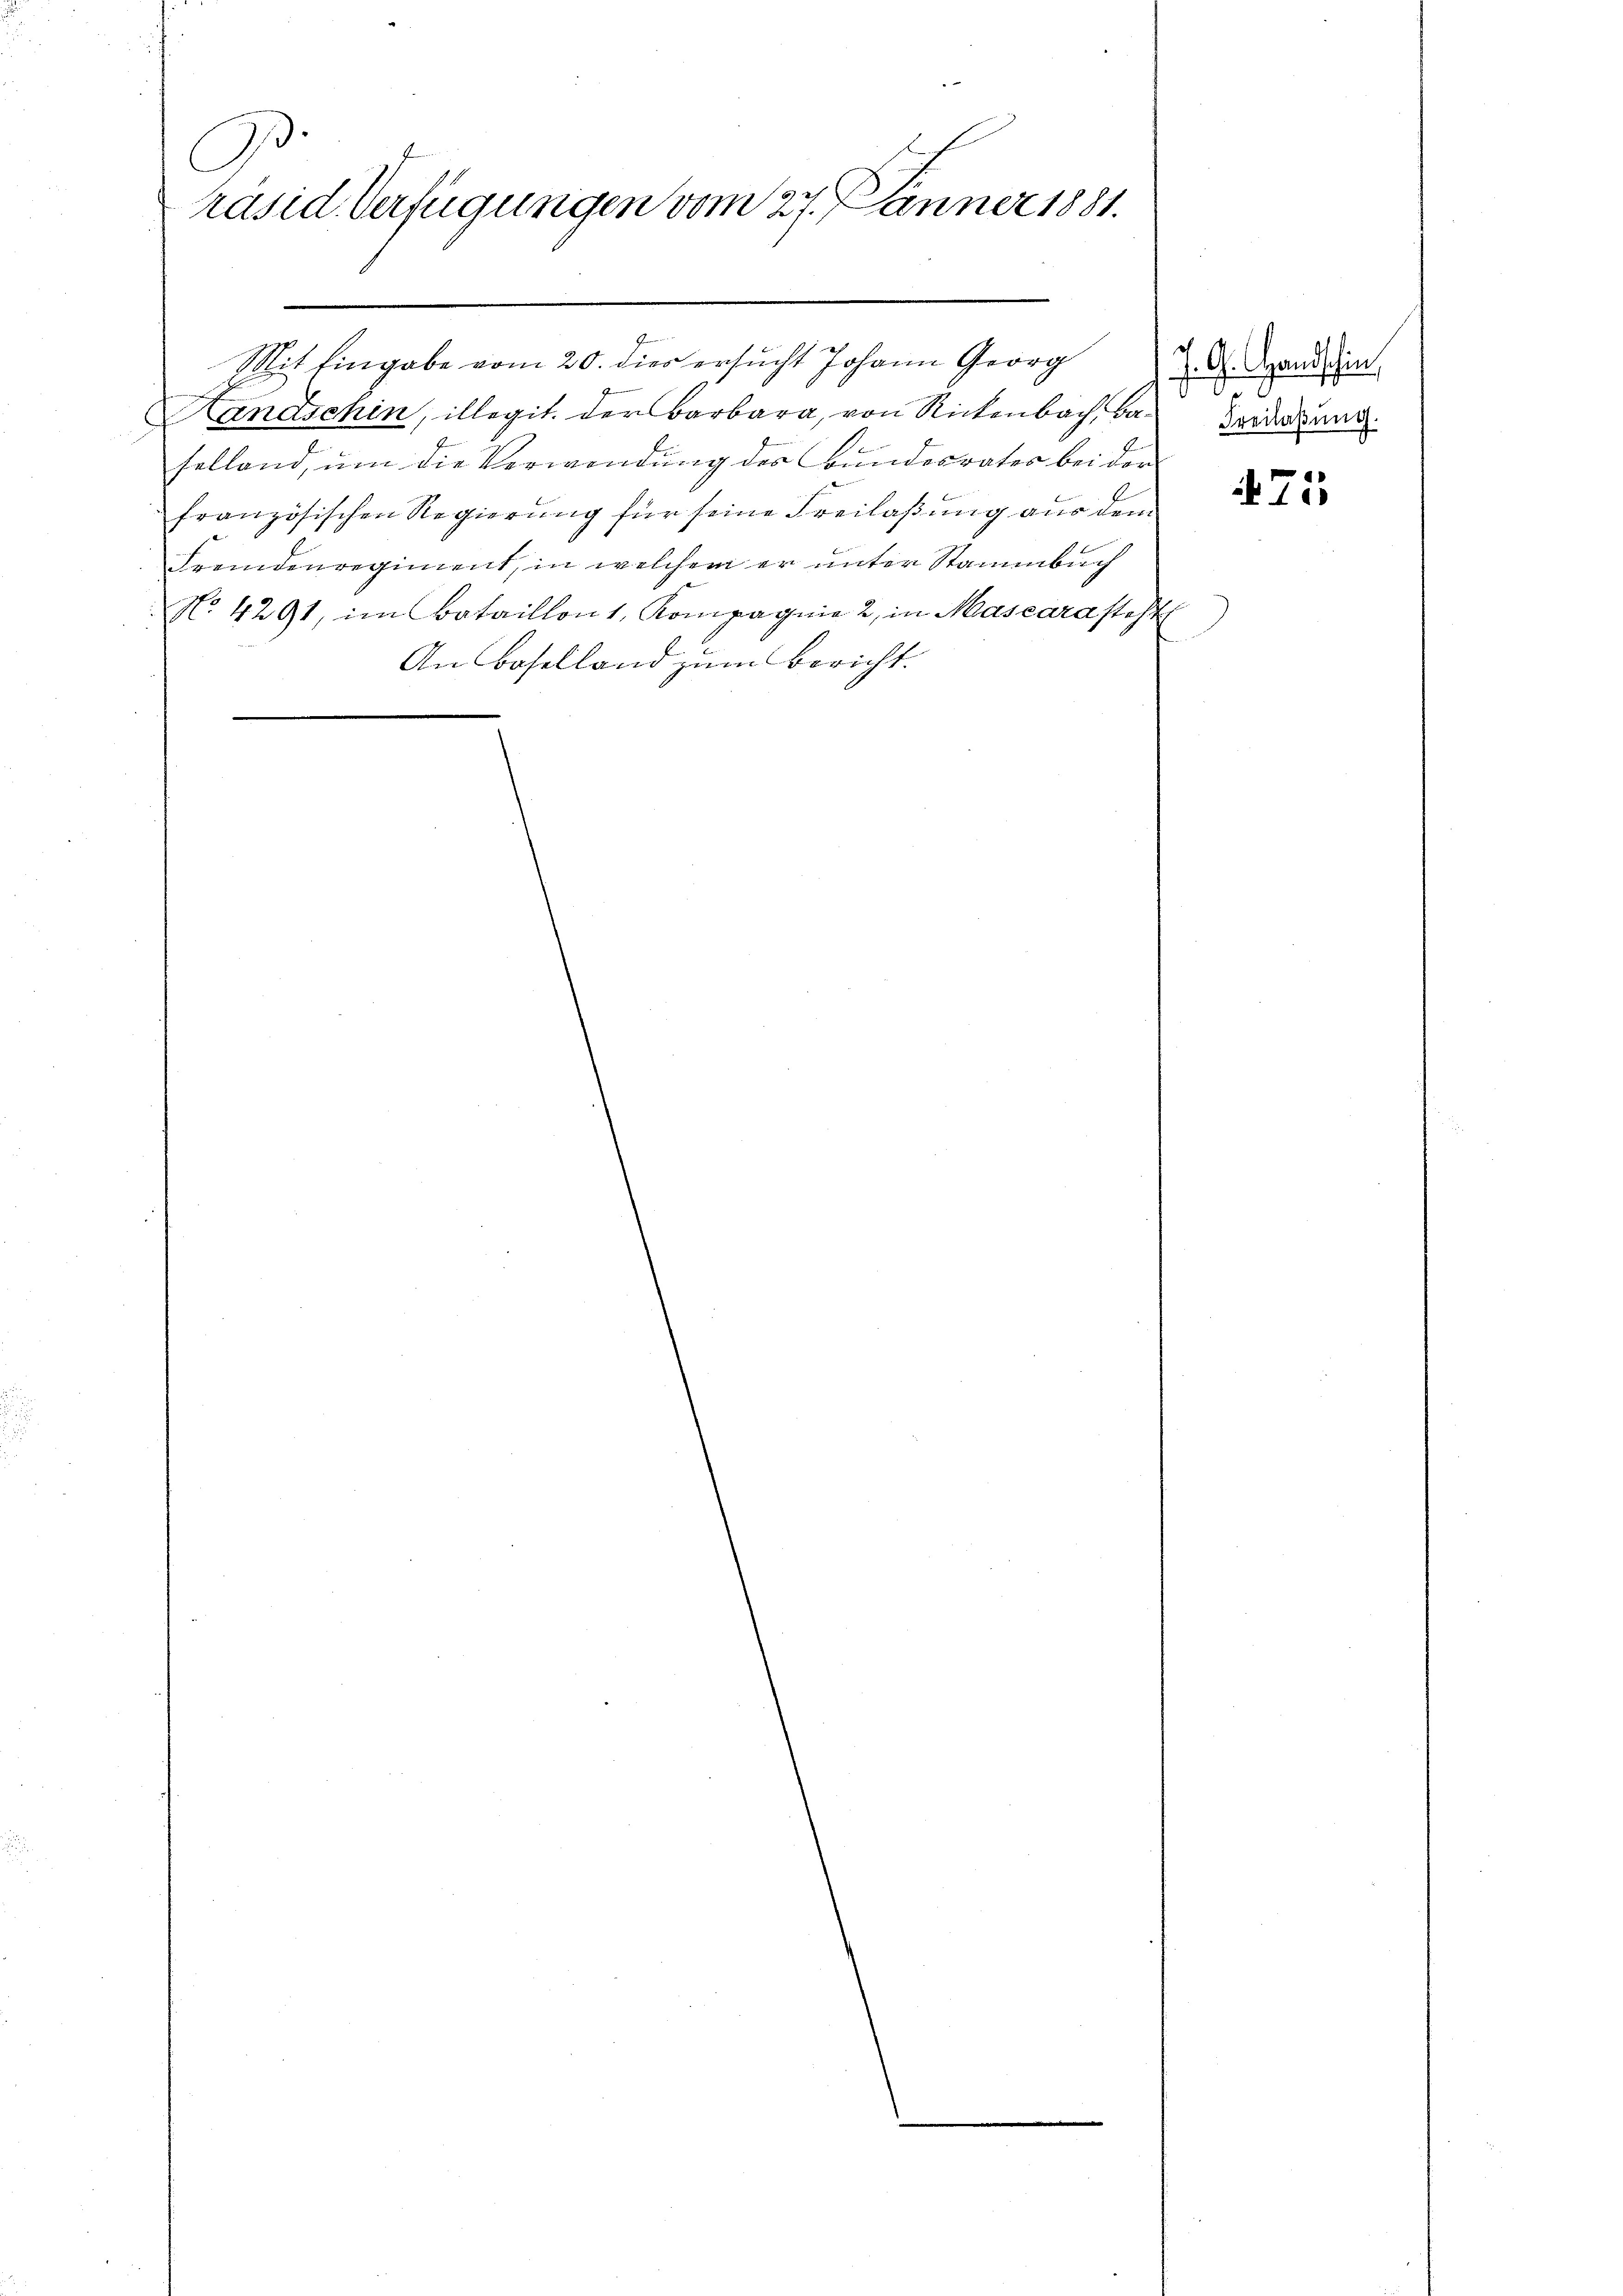
(
räsid. Verfügungen vom 27. Jänner 1881.

Mit Eingabe vom 20. dies ersucht Johann Georg
Handschin, illegit der Barbara, von Rickenbach, Baselland ŭm die Verwendŭng des Bŭndesrates bei der
französischen Regierung für seine Freilaßung aus dem
Fremdenregiment, in welchem er unter Stammbuch
No 4291, im Bataillons, Kompagnie 2, in Mascara steht
An Baselland zum Bericht.

J. G. Handahin,
17
d
.
Freilaßung.

475